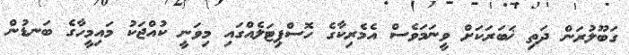
ގަބޫލުރަން ދަތި ޚަބަރަކަށް ވީނަމަވެސް އެމެރިކާގެ ހޮސްޕިޓަލެއްގައި މިވަނީ ކުއްޖަކު މައިމީހާގެ ބަނޑުން